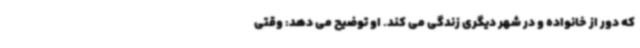
که دور از خانواده و در شهر دیگری زندگی می کند. او توضیح می دهد: وقتی